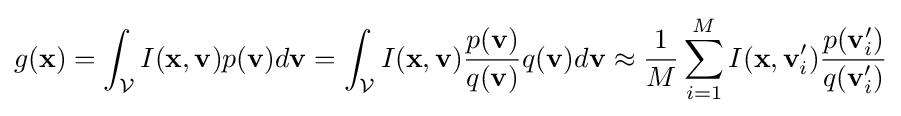
g(\mathbf {x} )=\int _{\mathcal {V}}I(\mathbf {x} ,\mathbf {v} )p(\mathbf {v} )d\mathbf {v} =\int _{\mathcal {V}}I(\mathbf {x} ,\mathbf {v} ){\frac {p(\mathbf {v} )}{q(\mathbf {v} )}}q(\mathbf {v} )d\mathbf {v} \approx {\frac {1}{M}}\sum _{i=1}^{M}I(\mathbf {x} ,\mathbf {v} '_{i}){\frac {p(\mathbf {v} '_{i})}{q(\mathbf {v} '_{i})}}